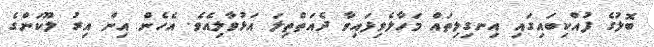
ބޮލުގެ ފުއްކިބައިގައި އިނގިލިތައް މަހާލެވިފައިވާ ދެއަތްތިލަ އަޅުވާލިއެވެ. އެހެން އިން އިރު ލޫކަންގެ